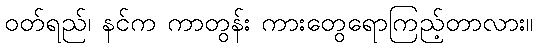
ဝတ်ရည်၊ နင်က ကာတွန်း ကားတွေရောကြည့်တာလား။